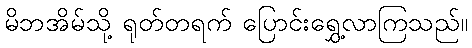
မိဘအိမ်သို့ ရုတ်တရက် ပြောင်းရွှေ့လာကြသည်။